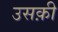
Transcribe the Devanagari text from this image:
उसक़ी